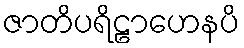
ဇာတိပရိဠာဟေနပိ